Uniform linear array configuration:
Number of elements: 32
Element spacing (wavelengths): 1
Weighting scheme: exponential
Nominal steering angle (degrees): -15
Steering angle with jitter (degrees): -14.891
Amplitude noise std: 0.05
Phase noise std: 0.05

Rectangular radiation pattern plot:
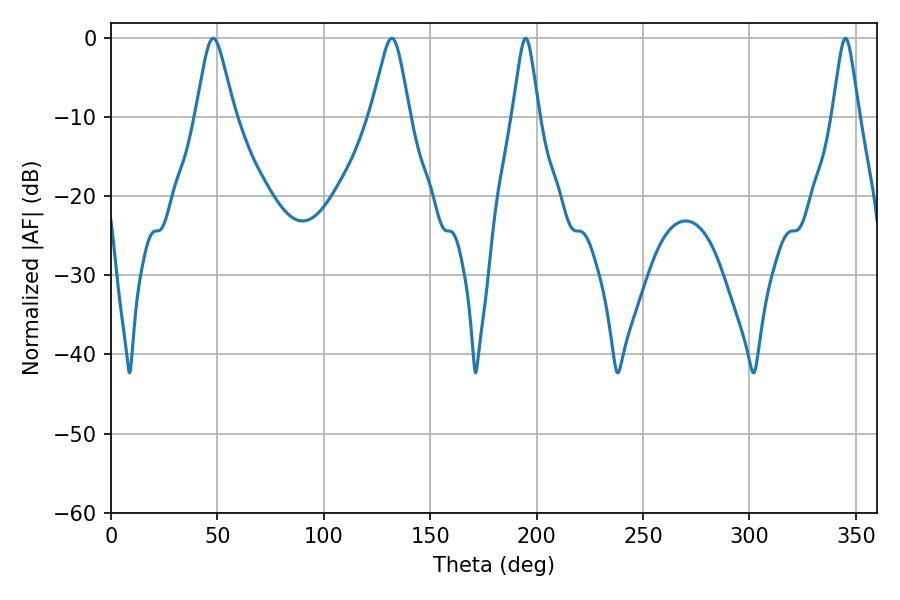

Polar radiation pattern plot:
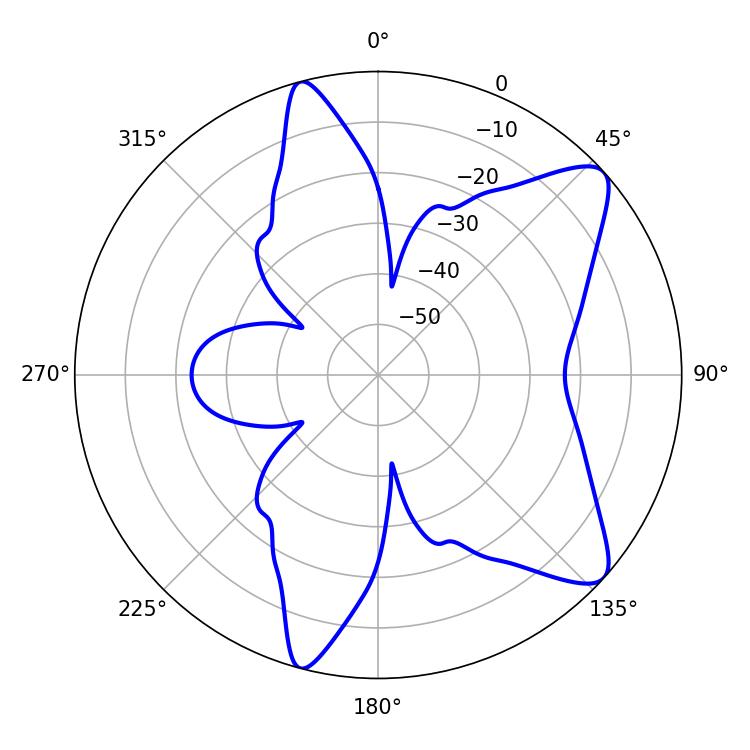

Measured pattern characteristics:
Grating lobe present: TRUE
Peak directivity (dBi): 9.577
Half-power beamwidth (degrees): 8.64
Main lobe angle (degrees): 48.06